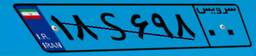
۴۲S۱۷۹۸۶